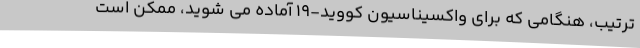
ترتیب، هنگامی که برای واکسیناسیون کووید-19 آماده می شوید، ممکن است